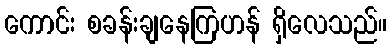
ကောင်း စခန်းချနေကြဟန် ရှိလေသည်။